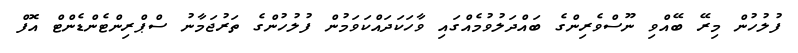
ފުލުހުން މިރޭ ބޭއްވި ނޫސްވެރިންގެ ބައްދަލުވުމެއްގައި ވާހަކަދައްކަވަމުން ފުލުހުންގެ ތަރުޖަމާނު ސްޕްރިންޓެންޑެންޓް އޮފް